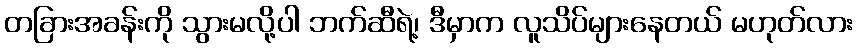
တခြားအခန်းကို သွားမလို့ပါ ဘက်ဆီရဲ့၊ ဒီမှာက လူသိပ်များနေတယ် မဟုတ်လား